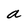
Character: a